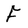
Character: F